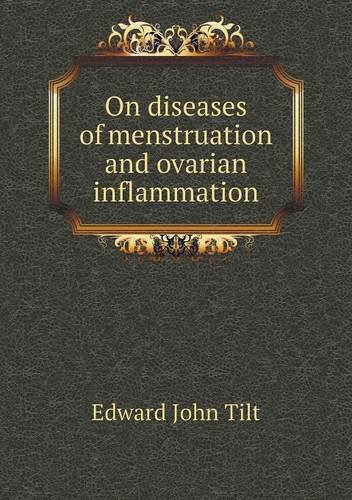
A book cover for On diseases of menstruation and ovarian inflammation; Edward John Tilt; Health, Fitness & Dieting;